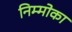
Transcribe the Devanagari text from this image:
निम्मोका